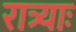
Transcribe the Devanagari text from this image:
रात्र्याः